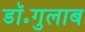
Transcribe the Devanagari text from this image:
डॉ॰गुलाब